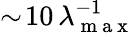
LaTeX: \sim\! 10\, \lambda_{\mathrm{~m~a~x~}}^{-1}